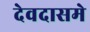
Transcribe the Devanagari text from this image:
देवदासमे